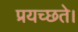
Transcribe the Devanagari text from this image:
प्रयच्छते।